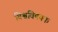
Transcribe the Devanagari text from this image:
विश्वविषयक